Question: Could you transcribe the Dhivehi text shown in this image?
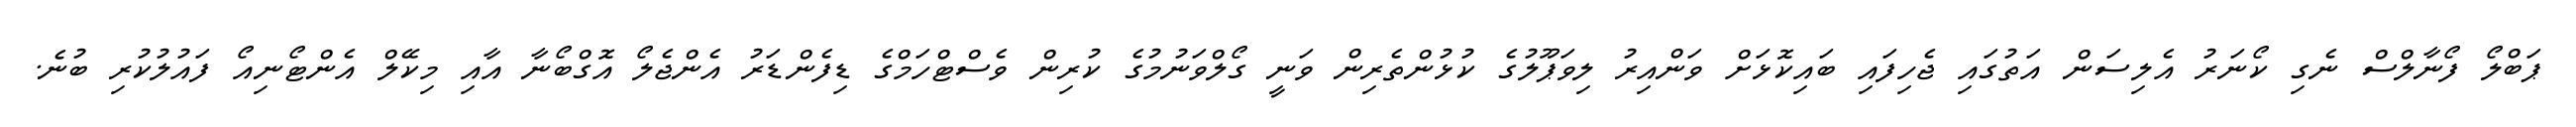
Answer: ޕަބްލޯ ފޯނާލްސް ނެގި ކޯނަރު އެލިސަން އަތުގައި ޖެހިފައި ބައިކޮޅަށް ވަންއިރު ލިވަޕޫލުގެ ކުޅުންތެރިން ވަނީ ގޯލްވަނުމުގެ ކުރިން ވެސްޓްހަމްގެ ޑިފެންޑަރު އެންޖެލޯ އޮގްބޯނާ އާއި މިކޭލް އެންޓޯނިއޯ ފައުލުކުރި ބުނެ.